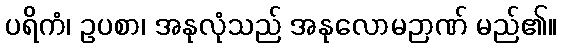
ပရိကံ၊ ဥပစာ၊ အနုလုံသည် အနုလောမဉာဏ် မည်၏။